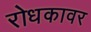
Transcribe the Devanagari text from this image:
रोधकावर